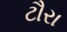
ટૌરા